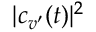
| c _ { v ^ { \prime } } ( t ) | ^ { 2 }